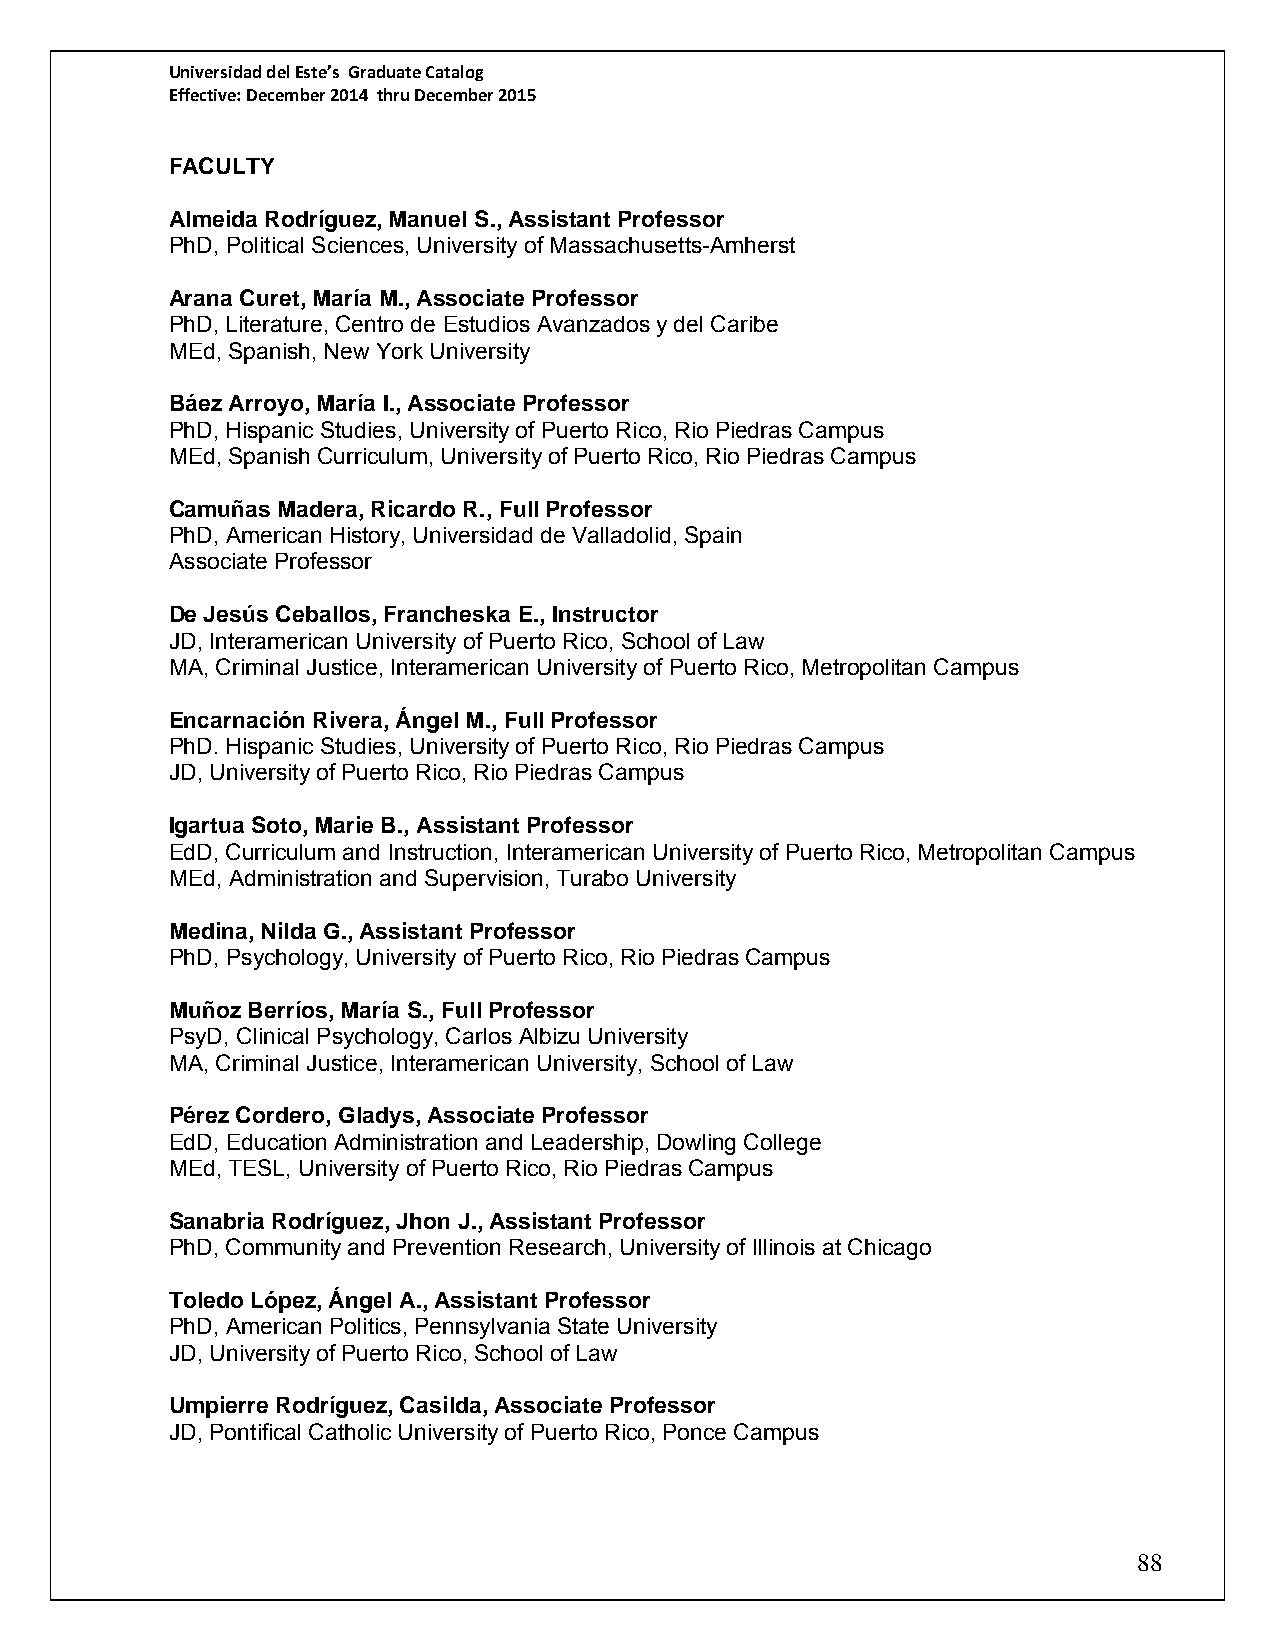
Universidad del Este’s Graduate Catalog
 Effective: December 2014 thru December 2015
 FACULTY
 Almeida Rodríguez, Manuel S., Assistant Professor
 PhD, Political Sciences, University of Massachusetts-Amherst
 Arana Curet, María M., Associate Professor
 PhD, Literature, Centro de Estudios Avanzados y del Caribe
 MEd, Spanish, New York University
 Báez Arroyo, María I., Associate Professor
 PhD, Hispanic Studies, University of Puerto Rico, Rio Piedras Campus
 MEd, Spanish Curriculum, University of Puerto Rico, Rio Piedras Campus
 Camuñas Madera, Ricardo R., Full Professor
 PhD, American History, Universidad de Valladolid, Spain
 Associate Professor
 De Jesús Ceballos, Francheska E., Instructor
 JD, Interamerican University of Puerto Rico, School of Law
 MA, Criminal Justice, Interamerican University of Puerto Rico, Metropolitan Campus
 Encarnación Rivera, Ángel M., Full Professor
 PhD. Hispanic Studies, University of Puerto Rico, Rio Piedras Campus
 JD, University of Puerto Rico, Rio Piedras Campus
 Igartua Soto, Marie B., Assistant Professor
 EdD, Curriculum and Instruction, Interamerican University of Puerto Rico, Metropolitan Campus
 MEd, Administration and Supervision, Turabo University
 Medina, Nilda G., Assistant Professor
 PhD, Psychology, University of Puerto Rico, Rio Piedras Campus
 Muñoz Berríos, María S., Full Professor
 PsyD, Clinical Psychology, Carlos Albizu University
 MA, Criminal Justice, Interamerican University, School of Law
 Pérez Cordero, Gladys, Associate Professor
 EdD, Education Administration and Leadership, Dowling College
 MEd, TESL, University of Puerto Rico, Rio Piedras Campus
 Sanabria Rodríguez, Jhon J., Assistant Professor
 PhD, Community and Prevention Research, University of Illinois at Chicago
 Toledo López, Ángel A., Assistant Professor
 PhD, American Politics, Pennsylvania State University
 JD, University of Puerto Rico, School of Law
 Umpierre Rodríguez, Casilda, Associate Professor
 JD, Pontifical Catholic University of Puerto Rico, Ponce Campus
 88